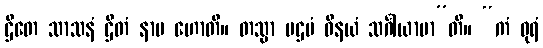
ဌိတေ သာသနံ ဌိတံ နာမ ဟောတိ။ တသ္မာ ပဌမံ ဝိနယံ သင်္ဂါယာမာ”တိ။ “ကံ ဓုရံ